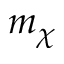
m _ { \chi }